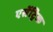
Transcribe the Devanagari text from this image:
एसेंट्रिक